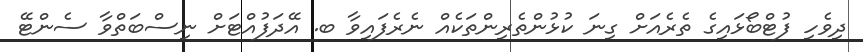
ދިވެހި ފުޓްބޯޅައިގެ ތެރެއަށް ގިނަ ކުޅުންތެރިންތަކެއް ނެރެފައިވާ ބ. އޭދަފުއްޓަށް ނިސްބަތްވާ ސެންޓޭ